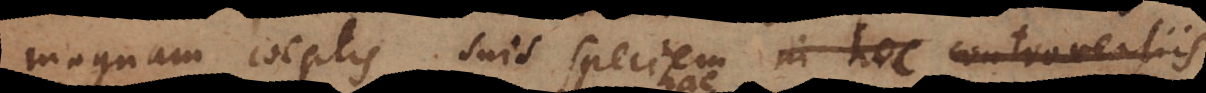
magnam coeptis suis speciem in his controversiis